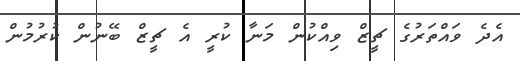
އެދެ ވައްތަރުގެ ޗީޒް ވިއްކުން މަނާ ކުރީ އެ ޗީޒް ބޭނުން ކުރުމުން